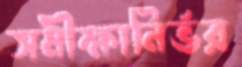
সমীক্ষানির্ভর